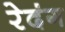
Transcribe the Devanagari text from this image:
रेदंग